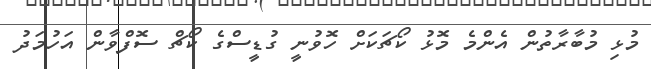
މުޅި މުބާރާތުން އެންމެ މޮޅު ކޯޗަކަށް ހޮވުނީ ގުޑީސްގެ ކޯޗް ސޮފްވާން އަހުމަދު